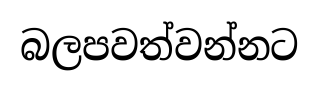
බලපවත්වන්නට